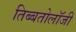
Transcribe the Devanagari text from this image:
तिब्‍बतोलॉजी